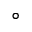
^ \circ